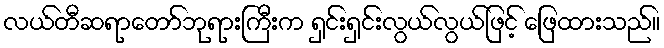
လယ်တီဆရာတော်ဘုရားကြီးက ရှင်းရှင်းလွယ်လွယ်ဖြင့် ဖြေထားသည်။